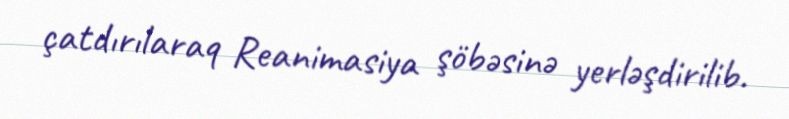
çatdırılaraq Reanimasiya şöbəsinə yerləşdirilib.